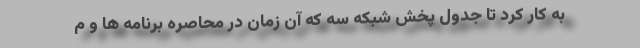
به کار کرد تا جدول پخش شبکه سه که آن زمان در محاصره برنامه ها و م